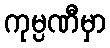
ကုမ္ပဏီမှာ